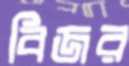
বিজর